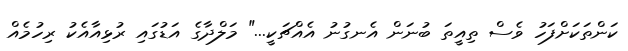
ކަންތަކަށްފަހު ވެސް ތިއީތަ ބުނަން އެނގުނު އެއްޗަކީ..." މަލްދާގެ އަޑުގައި ރުޅިއާއެކު ރިހުމެއް